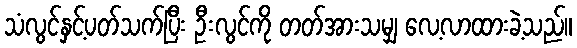
သံလွင်နှင့်ပတ်သက်ပြီး ဦးလွင်ကို တတ်အားသမျှ လေ့လာထားခဲ့သည်။